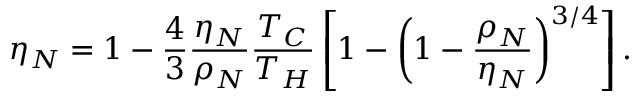
\eta _ { N } = 1 - \frac { 4 } { 3 } \frac { \eta _ { N } } { \rho _ { N } } \frac { T _ { C } } { T _ { H } } \left[ 1 - \left( 1 - \frac { \rho _ { N } } { \eta _ { N } } \right) ^ { 3 / 4 } \right] .